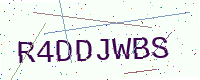
Text: R4DDJWBS